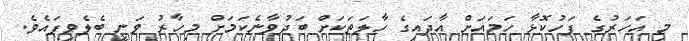
މި އަހަރުގެ ފަހުކޮޅާ ހަމައަށް އާދައިގެ ހާލަތަކަށް ބަދުވާނެކަމަށް މިހާރު ވަނީ ބެލެވިފައެވެ.